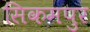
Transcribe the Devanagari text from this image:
सिकमपुर